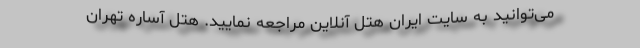
می‌توانید به سایت ایران هتل آنلاین مراجعه نمایید. هتل آساره تهران